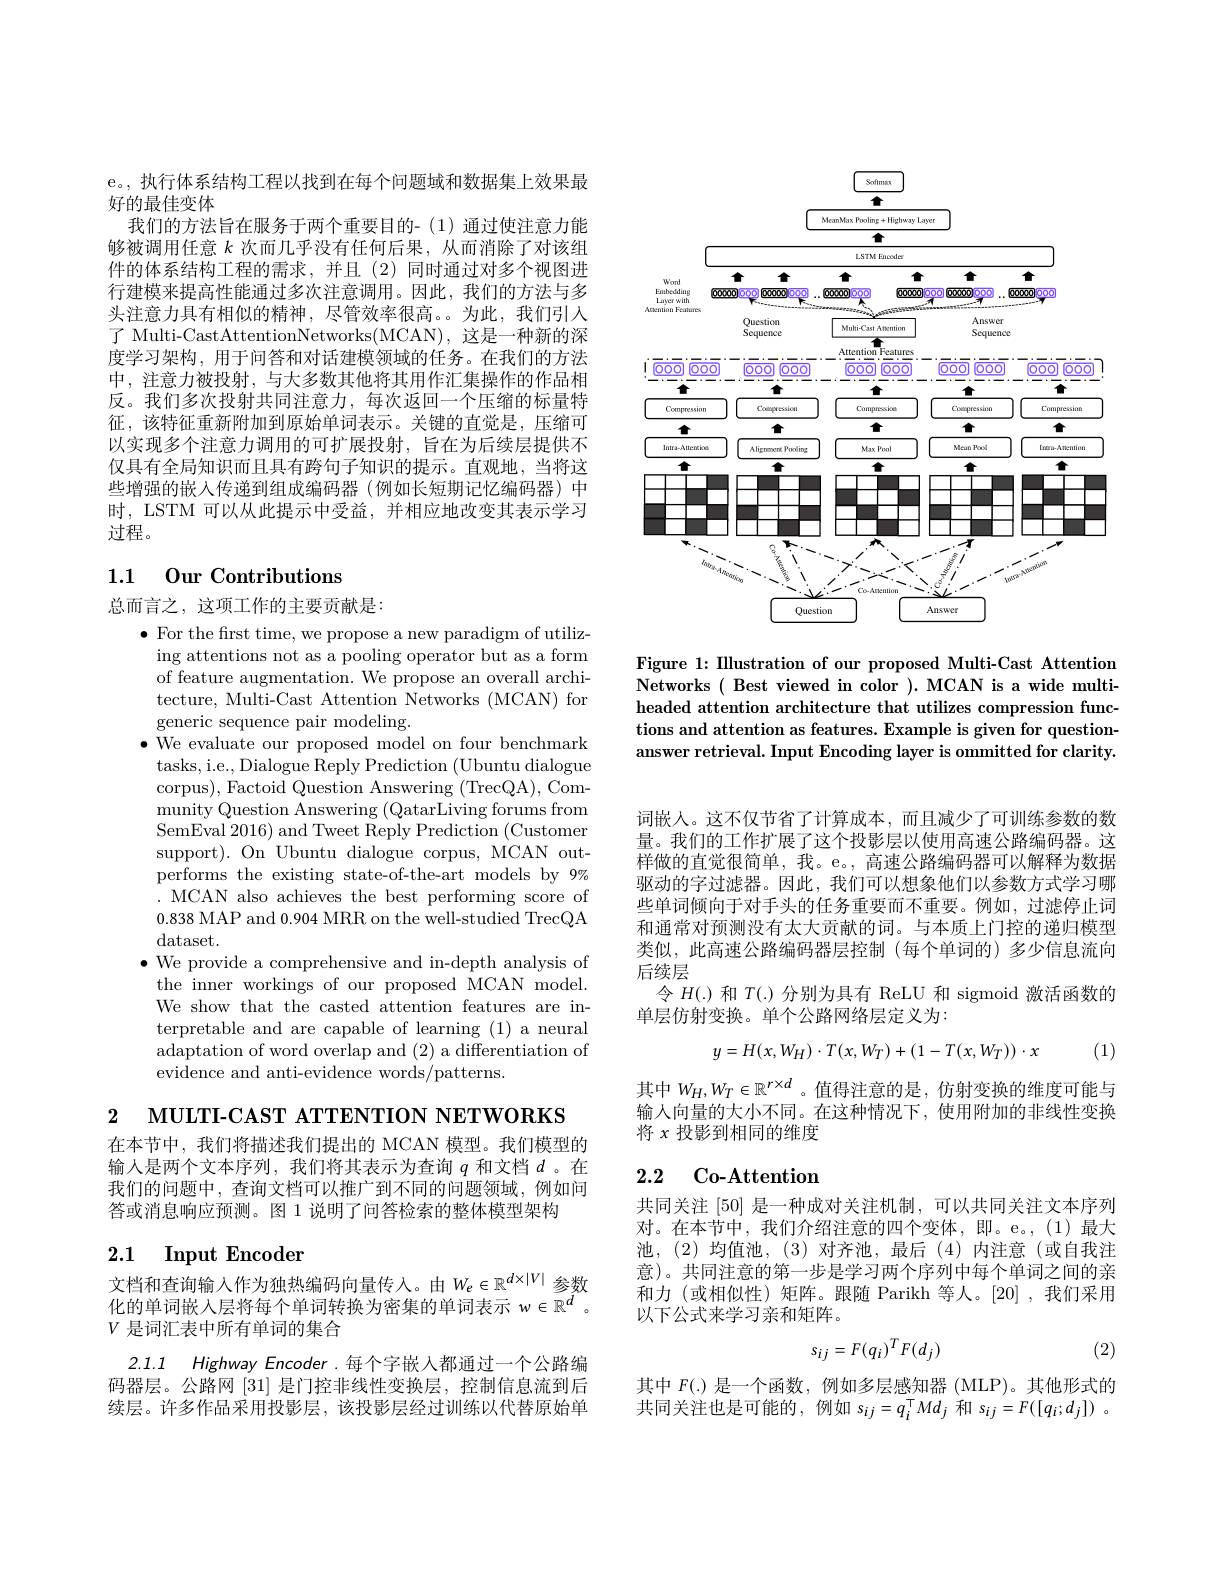
e。, 执行体系结构工程以找到在每个问题域和数据集上效果最
好的最佳变体
我们的方法旨在服务于两个重要目的-(1)通过使注意力能够被调用任意$k$ 次而几乎没有任何后果，从而消除了对该组件的体系结构工程的需求，并且(2)同时通过对多个视图进行建模来提高性能通过多次注意调用。因此，我们的方法与多头注意力具有相似的精神，尽管效率很高。为此，我们引入了 Multi-CastAttentionNetworks(MCAN), 这是一种新的深度学习架构，用于问答和对话建模领域的任务。在我们的方法中，注意力被投射，与大多数其他将其用作汇集操作的作品相反。我们多次投射共同注意力，每次返回一个压缩的标量特征，该特征重新附加到原始单词表示。关键的直觉是，压缩可以实现多个注意力调用的可扩展投射，旨在为后续层提供不仅具有全局知识而且具有跨句子知识的提示。直观地，当将这些增强的嵌入传递到组成编码器(例如长短期记忆编码器)中时，LSTM 可以从此提示中受益，并相应地改变其表示学习过程。

## 1.1 0ur Contributions

总而言之，这项工作的主要贡献是：

$\bullet$ For the first time, we propose a new paradigm of utilizing attentions not as a pooling operator but as a form of feature augmentation. We propose an overall architecture, Multi-Cast Attention Networks (MCAN) for generic sequence pair modeling.
$\bullet$ We evaluate our proposed model on four benchmark
tasks, i. e. , Dialogue Reply Prediction ( Ubuntu dialogue corpus), Factoid Question Answering (TrecQA), Community Question Answering (QatarLiving forums from SemEval 2016) and Tweet Reply Prediction (Customer support). On Ubuntu dialogue corpus, MCAN outperforms the existing state-of-the-art models by 9% . MCAN also achieves the best performing score of 0.838 MAP and 0.904 MRR on the well-studied TrecQA dataset.
$\bullet$ We provide a comprehensive and in-depth analysis of the inner workings of our proposed MCAN model. We show that the casted attention features are interpretable and are capable of learning (1) a neural adaptation of word overlap and (2) a differentiation of evidence and anti-evidence words/patterns.

2 MULTI-CAST ATTENTION NETWORKS

在本节中，我们将描述我们提出的 MCAN 模型。我们模型的输人是两个文本序列，我们将其表示为查询$q$和文档$d$ 。在我们的问题中，查询文档可以推广到不同的问题领域，例如问答或消息响应预测。图 1 说明了问答检索的整体模型架构

## 2.1 Input Encoder

文档和查询输入作为独热编码向量传入。由$W_e\in\mathbb{R}^{d\times|V|}$参数化的单词嵌人层将每个单词转换为密集的单词表示$w\in\mathbb{R}^d$ $V$是词汇表中所有单词的集合

2.1.1 Highway Encoder.每个字嵌人都通过一个公路编码器层。公路网[31]是门控非线性变换层，控制信息流到后续层。许多作品采用投影层，该投影层经过训练以代替原始单

<FigureHere>

Figure 1: Illustration of our proposed Multi-Cast Attention Networks $( \textbf{ Best viewed in color }) .$ MCAN is a wide multiheaded attention architecture that utilizes compression functions and attention as features. Example is given for questionanswer retrieval. Input Encoding layer is ommitted for clarity.

词嵌人。这不仅节省了计算成本，而且减少了可训练参数的数量。我们的工作扩展了这个投影层以使用高速公路编码器。这样做的直觉很简单，我。e。, 高速公路编码器可以解释为数据驱动的字过滤器。因此，我们可以想象他们以参数方式学习哪些单词倾向于对手头的任务重要而不重要。例如，过滤停止词和通常对预测没有太大贡献的词。与本质上门控的递归模型类似，此高速公路编码器层控制(每个单词的)多少信息流向后续层
令$H(.)$和$T(.)$分别为具有 ReLU 和 sigmoid 激活函数的
单层仿射变换。单个公路网络层定义为：
$$y=H(x,W_H)\cdot T(x,W_T)+(1-T(x,W_T))\cdot x$$
(1)

其中$W_H,W_T\in\mathbb{R}^{r\times d}$ 。值得注意的是，仿射变换的维度可能与输人向量的大小不同。在这种情况下，使用附加的非线性变换将$x$投影到相同的维度

## 2.2 $\textbf{Co- Attention}$

共同关注[50]是一种成对关注机制，可以共同关注文本序列对。在本节中，我们介绍注意的四个变体，即。e。(1)最大池，(2)均值池，(3)对齐池，最后(4)内注意(或自我注) 意)。共同注意的第一步是学习两个序列中每个单词之间的亲和力(或相似性)矩阵。跟随 Parikh 等人。[20],我们采用以下公式来学习亲和矩阵。
$$s_{ij}=F(q_i)^TF(d_j)$$
(2)

其中$F(.)$是一个函数，例如多层感知器 (MLP)。其他形式的共同关注也是可能的，例如$s_ij=q_i^{\top}Md_j$和$s_ij=F([q_i;d_j])$。